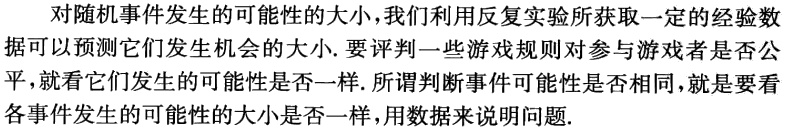
对随机事件发生的可能性的大小,我们利用反复实验所获取一定的经验数
据可以预测它们发生机会的大小. 要评判一些游戏规则对参与游戏者是否公
平,就看它们发生的可能性是否一样.所谓判断事件可能性是否相同,就是要看
各事件发生的可能性的大小是否一样,用数据来说明问题.